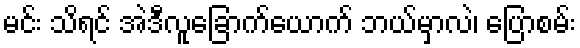
မင်း သိရင် အဲဒီလူခြောက်ယောက် ဘယ်မှာလဲ၊ ပြောစမ်း